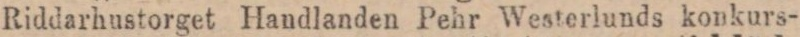
Riddarhustorget Handlanden Pehr Westerlunds konkurs-